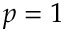
p = 1